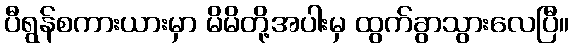
ပီရွန်စကားယားမှာ မိမိတို့အပါးမှ ထွက်ခွာသွားလေပြီ။